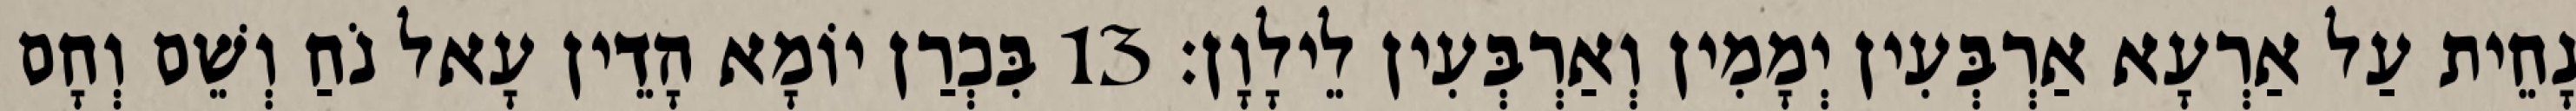
נָחֵית עַל אַרְעָא אַרְבְּעִין יְמָמִין וְאַרְבְּעִין לֵילָוָן׃ 13 בִּכְרַן יוֹמָא הָדֵין עָאל נֹחַ וְשֵׁם וְחָם